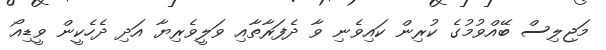
މަޖިލިސް ބޭއްވުމުގެ ކުރިން ކައިވެނި ވާ ދެފަރާތާއި ވަލީވެރިޔާ އަދި ދެހެކީން ވީޑިއޯ